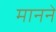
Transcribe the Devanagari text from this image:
माननें